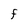
Character: F